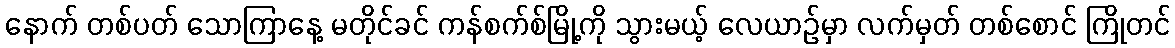
နောက် တစ်ပတ် သောကြာနေ့ မတိုင်ခင် ကန်စက်စ်မြို့ကို သွားမယ့် လေယာဉ်မှာ လက်မှတ် တစ်စောင် ကြိုတင်